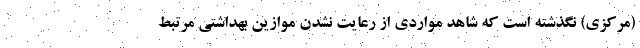
(مرکزی) نگذشته است که شاهد مواردی از رعایت نشدن موازین بهداشتی مرتبط